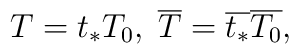
T=t_{*}T_{0},\; \overline{T}=\overline{t_{*}}\overline{T_{0}},